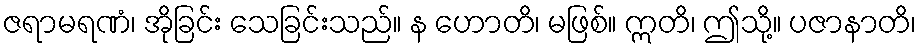
ဇရာမရဏံ၊ အိုခြင်း သေခြင်းသည်။ န ဟောတိ၊ မဖြစ်။ ဣတိ၊ ဤသို့။ ပဇာနာတိ၊